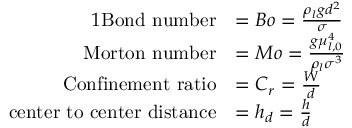
\begin{array} { r l } { { 1 } \mathrm { B o n d ~ n u m b e r } } & { = B o = \frac { \rho _ { l } g d ^ { 2 } } { \sigma } } \\ { \mathrm { M o r t o n ~ n u m b e r } } & { = M o = \frac { g \mu _ { l , 0 } ^ { 4 } } { \rho _ { l } \sigma ^ { 3 } } } \\ { \mathrm { C o n f i n e m e n t ~ r a t i o } } & { = C _ { r } = \frac { W } { d } } \\ { \mathrm { c e n t e r ~ t o ~ c e n t e r ~ d i s t a n c e } } & { = h _ { d } = \frac { h } { d } } \end{array}